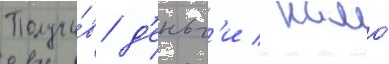
Получи́в д'еньг'и / камо